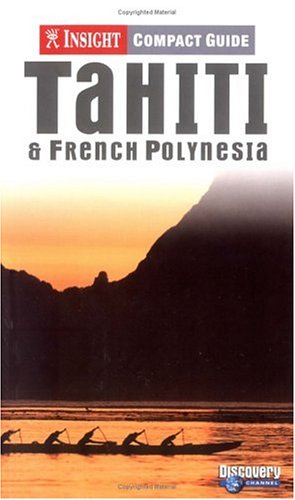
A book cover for Insight Compact Guide: Tahiti and French Polynesia; Nicholas Cobb; Travel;